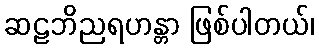
ဆဠဘိညရဟန္တာ ဖြစ်ပါတယ်၊